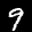
Label: 9